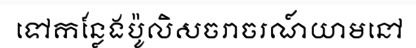
ទៅកន្លែងប៉ូលិសចរាចរណ៍យាមនៅ